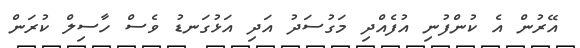
އޭރުން އެ ކުންފުނި އުފެއްދި މަގުސަދު އަދި އަޅުގަނޑު ވެސް ހާސިލް ކުރަން